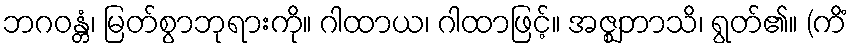
ဘဂဝန္တံ၊ မြတ်စွာဘုရားကို။ ဂါထာယ၊ ဂါထာဖြင့်။ အဇ္ဈဘာသိ၊ ရွတ်၏။ (ကိံ